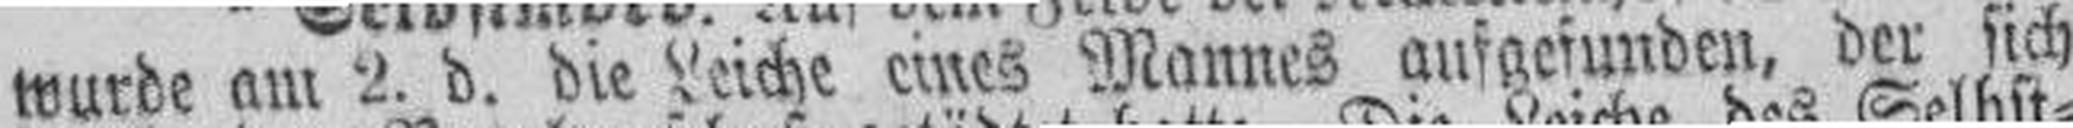
wurde am 2. d. die Leiche eines Mannes aufgefunden, der sich